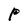
Character: P